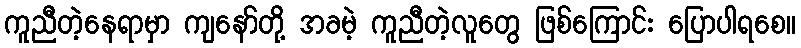
ကူညီတဲ့နေရာမှာ ကျနော်တို့ အခမဲ့ ကူညီတဲ့လူတွေ ဖြစ်ကြောင်း ပြောပါရစေ။